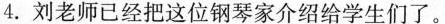
4. 刘老师已经把这位钢琴家介绍给学生们了.